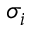
\sigma _ { i }